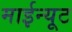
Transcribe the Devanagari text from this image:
माईन्यूट